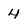
Character: 4